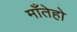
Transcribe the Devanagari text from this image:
माँतेहो